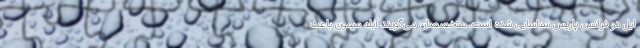
ایل دو فرانس پاریس شناسایی شده است. متخصصان می‌گویند آبله میمون باعث